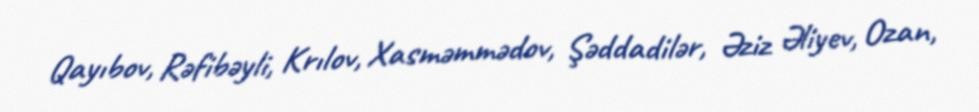
Qayıbov, Rəfibəyli, Krılov, Xasməmmədov, Şəddadilər, Əziz Əliyev, Ozan,